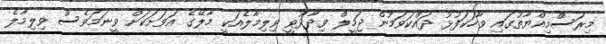
މިރަސްމިއްޔާތުގައި ވާހަކަފުޅު ދައްކަވަމުން ޖަމީލް ވިދާޅުވީ ވިލިމާލެއަކީ މާލޭގެ އަވަށަކަށް ވީނަަމަވެސް ވިލިމާލެ